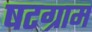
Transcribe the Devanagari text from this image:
षटग्राम